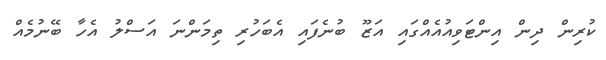
ކުރިން ދިން އިންޓަވިއުއެއްގައި އަޒޫ ބުނެފައި އެބަހުރި ތިމަންނަ އަސްލު އެހާ ބޭނުމެއް